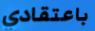
باعتقادي